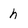
Character: h